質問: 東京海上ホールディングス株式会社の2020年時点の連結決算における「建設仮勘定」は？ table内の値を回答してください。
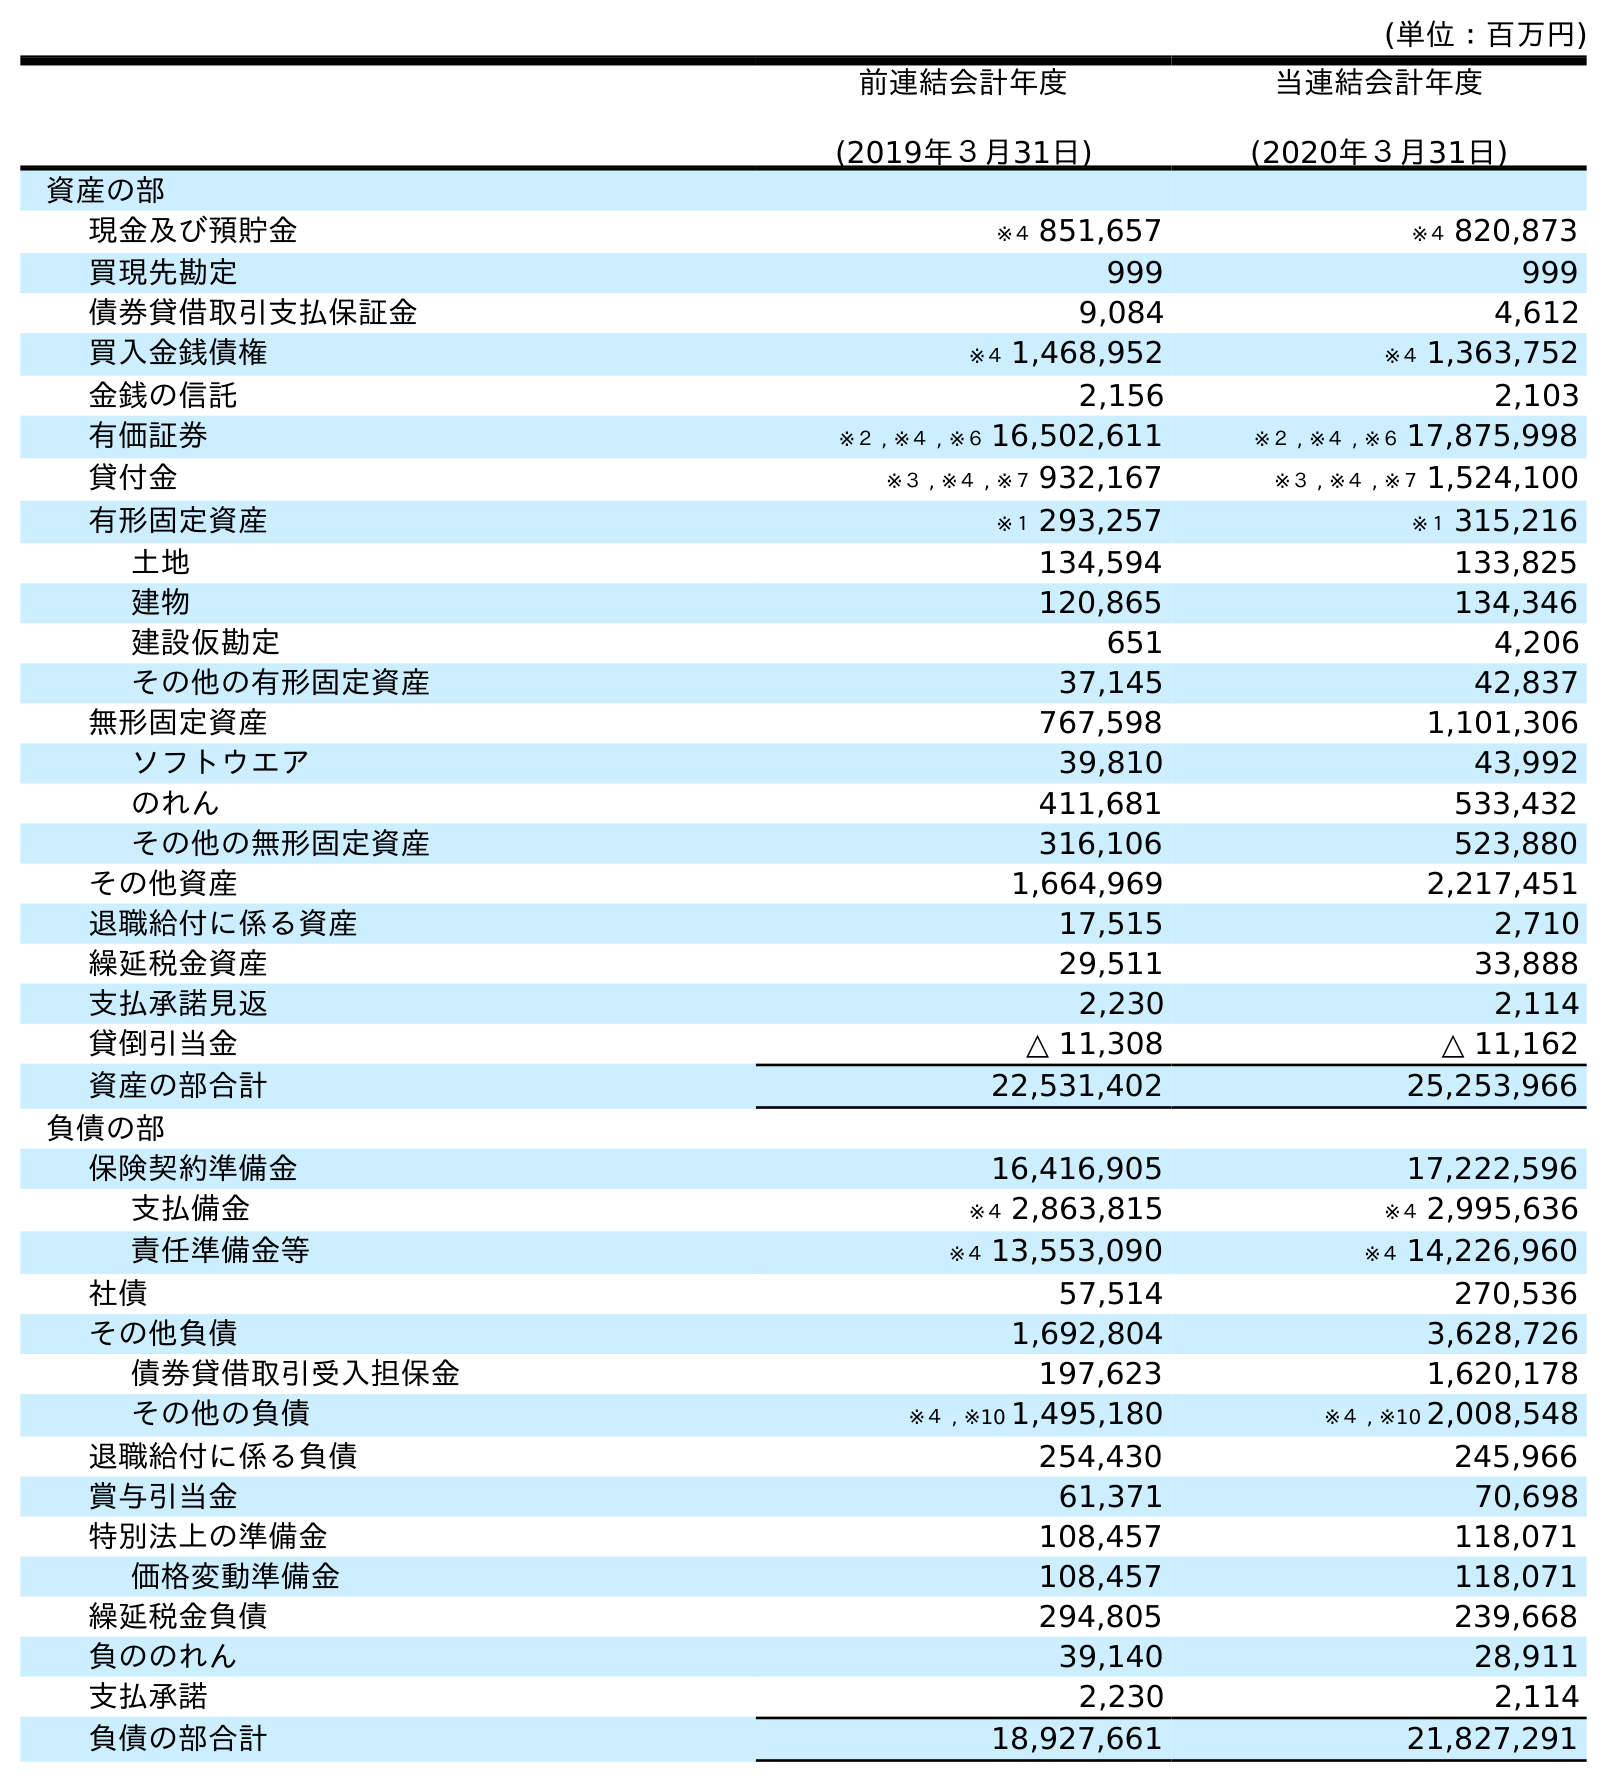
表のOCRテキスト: (単位：百万円) 前連結会計年度 (2019年３月31日) 当連結会計年度 (2020年３月31日) 資産の部 現金及び預貯金 ※４ 851,657 ※４ 820,873 買現先勘定 999 999 債券貸借取引支払保証金 9,084 4,612 買入金銭債権 ※４ 1,468,952 ※４ 1,363,752 金銭の信託 2,156 2,103 有価証券 ※２ , ※４ , ※６ 16,502,611 ※２ , ※４ , ※６ 17,875,998 貸付金 ※３ , ※４ , ※７ 932,167 ※３ , ※４ , ※７ 1,524,100 有形固定資産 ※１ 293,257 ※１ 315,216 土地 134,594 133,825 建物 120,865 134,346 建設仮勘定 651 4,206 その他の有形固定資産 37,145 42,837 無形固定資産 767,598 1,101,306 ソフトウエア 39,810 43,992 のれん 411,681 533,432 その他の無形固定資産 316,106 523,880 その他資産 1,664,969 2,217,451 退職給付に係る資産 17,515 2,710 繰延税金資産 29,511 33,888 支払承諾見返 2,230 2,114 貸倒引当金 △ 11,308 △ 11,162 資産の部合計 22,531,402 25,253,966 負債の部 保険契約準備金 16,416,905 17,222,596 支払備金 ※４ 2,863,815 ※４ 2,995,636 責任準備金等 ※４ 13,553,090 ※４ 14,226,960 社債 57,514 270,536 その他負債 1,692,804 3,628,726 債券貸借取引受入担保金 197,623 1,620,178 その他の負債 ※４ , ※10 1,495,180 ※４ , ※10 2,008,548 退職給付に係る負債 254,430 245,966 賞与引当金 61,371 70,698 特別法上の準備金 108,457 118,071 価格変動準備金 108,457 118,071 繰延税金負債 294,805 239,668 負ののれん 39,140 28,911 支払承諾 2,230 2,114 負債の部合計 18,927,661 21,827,291
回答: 4,206